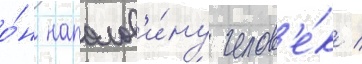
о́н наполов'и́ну челов'е́к /